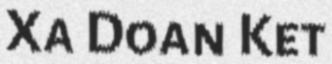
Xa Doan Ket